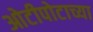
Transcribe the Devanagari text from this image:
ओटीपोटाच्या